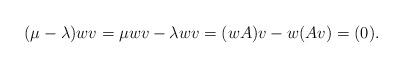
LaTeX: \begin{align*}(\mu-\lambda)wv= \mu wv - \lambda wv = (wA)v - w(Av) = (0).\end{align*}